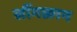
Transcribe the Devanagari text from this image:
सौंगक्रान